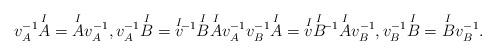
LaTeX: \begin{align*}v^{-1}_A\overset{I}{A} = \overset{I}{A} v^{-1}_A, v^{-1}_A \overset{I}{B} = \overset{I}{v} \!^{-1} \overset{I}{B}\overset{I}{A} v^{-1}_A v^{-1}_B \overset{I}{A} = \overset{I}{v} \overset{I}{B} \!^{-1}\overset{I}{A}v^{-1}_B, v^{-1}_B \overset{I}{B} = \overset{I}{B} v^{-1}_B.\end{align*}